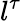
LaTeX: l^{\tau}